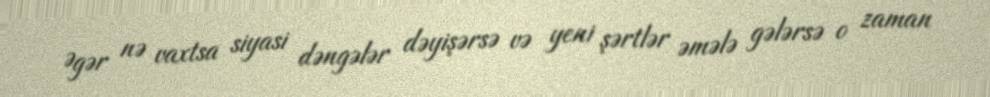
Əgər nə vaxtsa siyasi dəngələr dəyişərsə və yeni şərtlər əmələ gələrsə o zaman